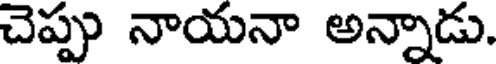
చెప్పు నాయనా అన్నాడు.